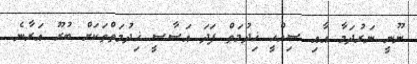
ނޫނީ ނަރުދަމާ އާއި ސިއްހީ ޚިދުމަތް ފަދަ އަސާސީ ޚިދުމަތްތަކަށް ބުރޫ އަރާނެ